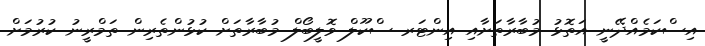
އިސްކަމެއްދޭނީ އަތޮޅު މުބާރާތަށާއި އިންޓަރ ސްކޫލް ވޮލީބޯލް މުބާރާތަށް ކުޅުންތެރިން ތަމްރީނު ކުރުމަށް